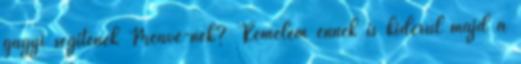
gagyi segítenek Meave-nek? Remélem ennek is kiderül majd a